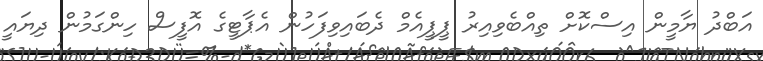
އަބްދު ޔާމީން އިސްކޮށް ތިއްބެވިއިރު ޕީޕީއެމް ދެބައިވިފަހުން އެޕާޓީގެ އޮފީސް ހިންގަމުން ދިޔައީ